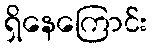
ရှိနေကြောင်း